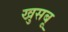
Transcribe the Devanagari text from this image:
खुसबू